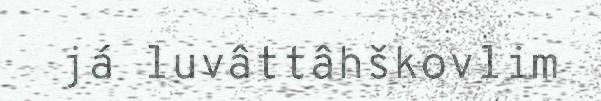
já luvâttâhškovlim